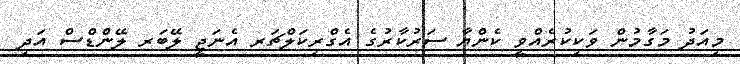
މިއަދު މަގާމުން ވަކިކުރެއްވީ ކެންޔާ ސަރުކާރުގެ އެގްރިކަލްޗަރ އެނަޖީ ލޭބަރ ލޭންޑްސް އަދި